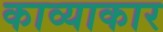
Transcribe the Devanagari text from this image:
काव्याकार